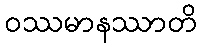
ဝဿမာနဿာတိ